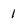
Character: 1